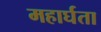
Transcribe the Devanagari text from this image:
महार्घता